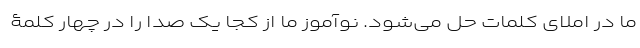
ما در املای کلمات حل می‌شود. نوآموز ما از کجا یک صدا را در چهار کلمۀ